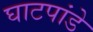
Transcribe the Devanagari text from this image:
घाटपांडे